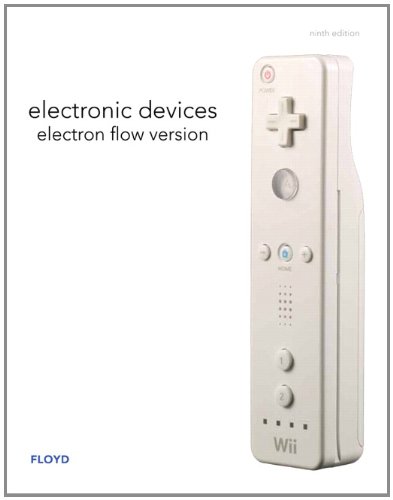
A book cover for Electronic Devices (Electron Flow Version) (9th Edition); Thomas L. Floyd; Business & Money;